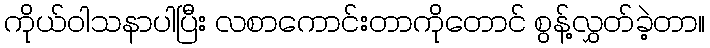
ကိုယ်ဝါသနာပါပြီး လစာကောင်းတာကိုတောင် စွန့်လွှတ်ခဲ့တာ။